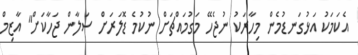
އެކަމަކު އަޅުގަނޑުމެން މިހާރަކު ނުޖެހޭ މަގުމައްޗަށް ނުކުމެ ޑޮލަރަށް ސަލާން ޖަހާކަށް" އާޒިމް